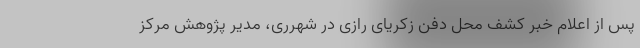
پس از اعلام خبر کشف محل دفن زکریای رازی در شهرری، مدیر پژوهش مرکز